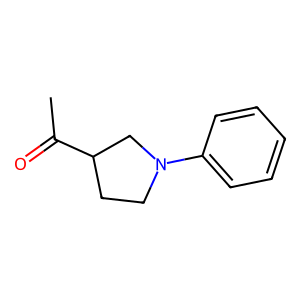
SMILES: CC(=O)C1CCN(c2ccccc2)C1
Inhibits HIV replication: No